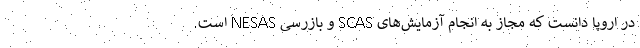
در اروپا دانست که مجاز به انجام آزمایش‌های SCAS و بازرسی NESAS است.